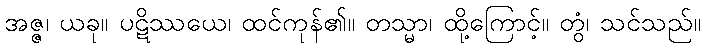
အဇ္ဇ၊ ယခု။ ပဋိဿယေ၊ ထင်ကုန်၏။ တသ္မာ၊ ထို့ကြောင့်။ တွံ၊ သင်သည်။